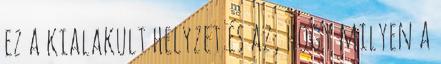
ez a kialakult helyzet és az, hogy milyen a